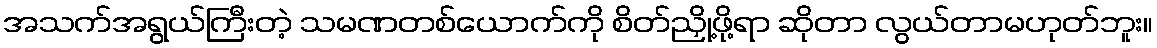
အသက်အရွယ်ကြီးတဲ့ သမဏတစ်ယောက်ကို စိတ်ညှို့ဖို့ရာ ဆိုတာ လွယ်တာမဟုတ်ဘူး။